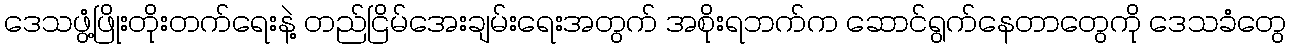
ဒေသဖွံ့ဖြိုးတိုးတက်ရေးနဲ့ တည်ငြိမ်အေးချမ်းရေးအတွက် အစိုးရဘက်က ဆောင်ရွက်နေတာတွေကို ဒေသခံတွေ